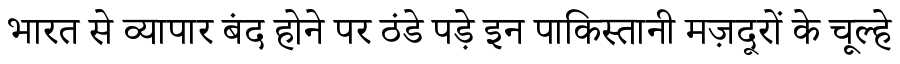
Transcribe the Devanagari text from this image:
भारत से व्यापार बंद होने पर ठंडे पड़े इन पाकिस्तानी मज़दूरों के चूल्हे